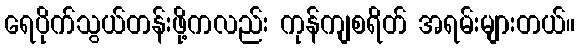
ရေပိုက်သွယ်တန်းဖို့ကလည်း ကုန်ကျစရိတ် အရမ်းများတယ်။